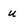
Character: u